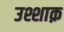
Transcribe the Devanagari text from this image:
उश्शाक़